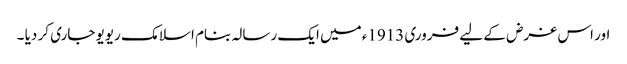
اور اس غرض کے لیے فروری 1913ء میں ایک رسالہ بنام اسلامک ریویو جاری کر دیا ۔